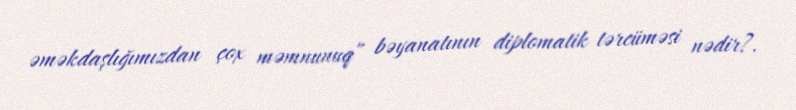
əməkdaşlığımızdan çox məmnunuq” bəyanatının diplomatik tərcüməsi nədir?.